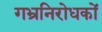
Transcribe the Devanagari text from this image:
गभ्रनिरोधकों